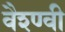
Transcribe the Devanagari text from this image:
वैश्ण्वी